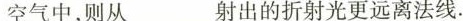
空气中，则从____射出的折射光更远离法线。